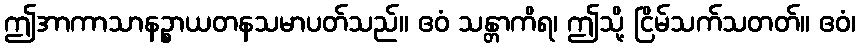
ဤအာကာသာနဉ္စာယတနသမာပတ်သည်။ ဧဝံ သန္တာကိရ၊ ဤသို့ ငြိမ်သက်သတတ်။ ဧဝံ၊